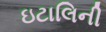
ઇટાલિની